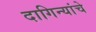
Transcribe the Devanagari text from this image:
दागिन्यांचे